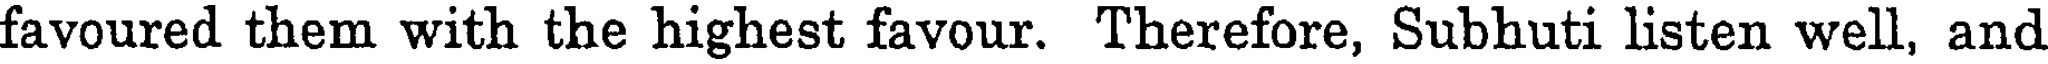
favoured them with the highest favour. Therefore, Subhuti listen well, and